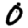
Digit: 0